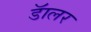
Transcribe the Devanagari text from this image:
डॅालर